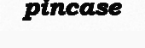
pincase